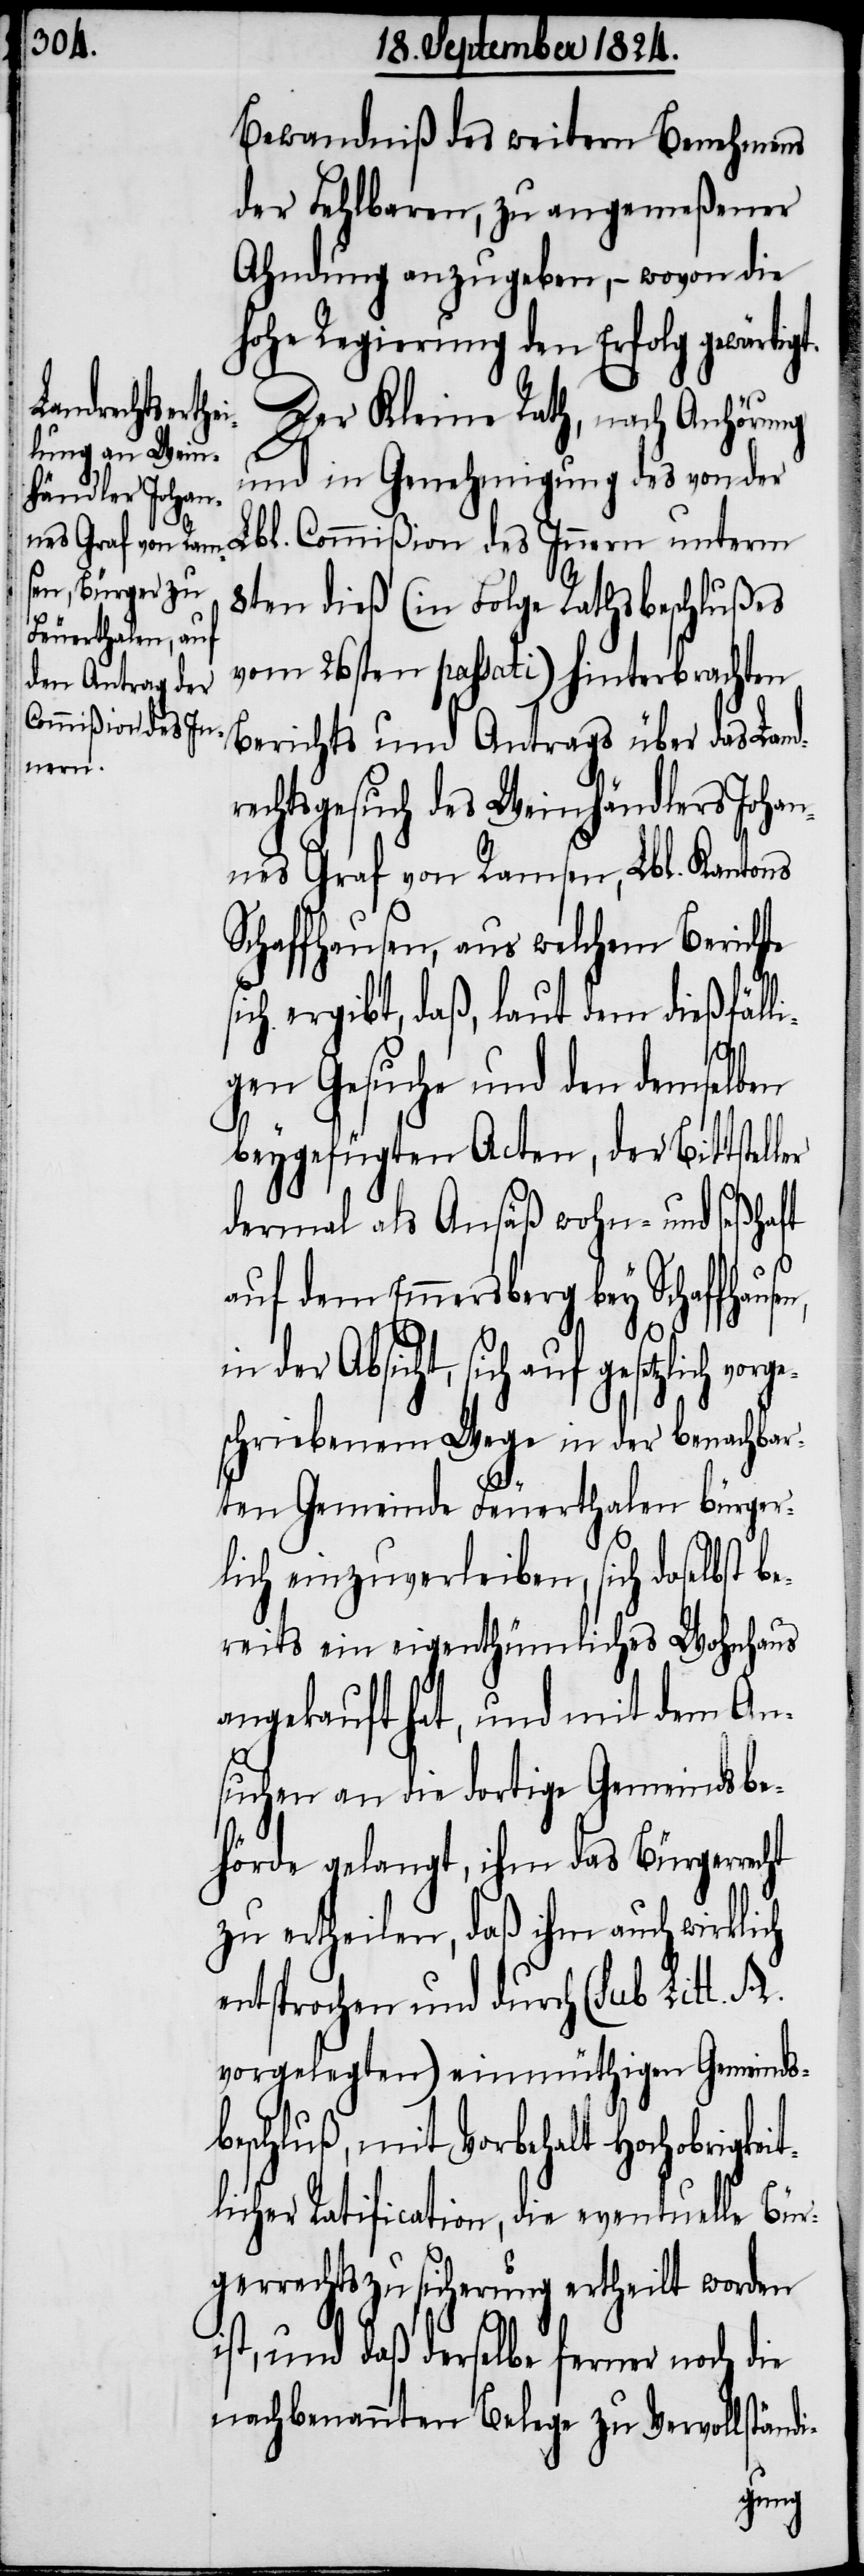
Bewandniß des weitern Benehmens
der Fehlbaren, zu angemeßener
Ahndung anzugeben, – wovon die
hohe Regierung den Erfolg gewärti¬
Berichts
Der Kleine Rath, nach Anhörung
und in Genehmigung des von der
rge¬
8ten dieß (in Folge Rathsbeschlußes
vom 26sten passati) hinterbrachten
Innern
rechtsgesuch des Weinhändlers Johan¬
nes Graf von Ramsen, Lbl. Kantons
Schaffhausen, aus welchem Berichte
ich ergibt, daß, laut dem dießfälli¬
ler
gen Gesuche und den demselben
beygefügten Acten, der Bittstel¬
dermal als Ansäß wohn- und seßhaft
en,
auf dem Emmersberg bey Schaffhaus¬
in der Absicht, sich auf gesetzlich vo¬
schriebenem Wege in der benachbar¬
ten Gemeinde Feuerthalen bürger¬
lich einzuverleiben, sich daselbst be¬
reits ein eigenthümliches Wohnhaus
angekauft hat, und mit dem An¬
s¬
suchen an die dortige Gemeindsbe¬
hörde gelangt, ihm das Bürgerrecht
zu ertheilen, daß ihm auch wirklich
entsprochen und durch (Sub Litt. A.
vorgelegten) eimüthigen Gemeinds¬
beschluß, mit Vorbehalt Hochobrigkei¬
tlicher Ratification, die eventuelle Bür¬
gerrechtszusicherung ertheilt worden
ist, und daß derselbe ferner noch die
nachbenannten Belege zu Vervollständi-